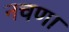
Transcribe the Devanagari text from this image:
नचणा